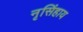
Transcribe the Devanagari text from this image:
नृसिंहाय